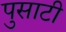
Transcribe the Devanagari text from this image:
पुसाटी